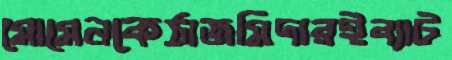
মোমেনকেঠাজমিদারইব্যাট